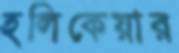
হলিকেয়ার